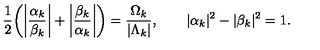
\frac { 1 } { 2 } \bigg ( \bigg | \frac { \alpha _ { { k } } } { \beta _ { { k } } } \bigg | + \bigg | \frac { \beta _ { { k } } } { \alpha _ { { k } } } \bigg | \bigg ) = \frac { \Omega _ { { k } } } { | \Lambda _ { { k } } | } , \qquad | \alpha _ { { k } } | ^ { 2 } - | \beta _ { { k } } | ^ { 2 } = 1 .